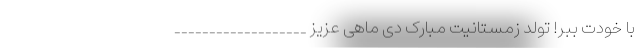
با خودت ببر! تولد زمستانیت مبارک دی ماهی عزیز ___________________